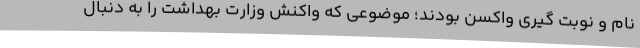
نام و نوبت گیری واکسن بودند؛ موضوعی که واکنش وزارت بهداشت را به دنبال